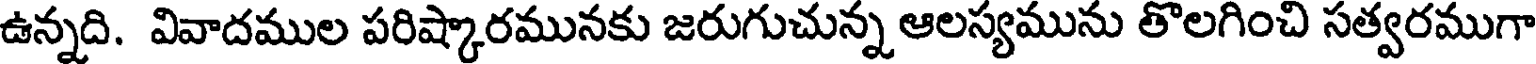
ఉన్నది. వివాదముల పరిష్కారమునకు జరుగుచున్న ఆలస్యమును తొలగించి సత్వరముగా